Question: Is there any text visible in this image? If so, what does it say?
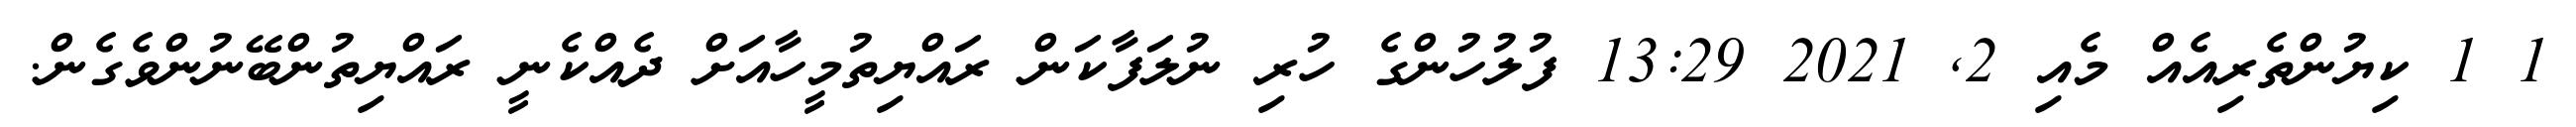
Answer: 1 1 ކިޔުންތެރިއެއް މެއި 2, 2021 13:29 ފުލުހުންގެ ހުރި ނުލަފާކަން ރައްޔިތުމީހާއަށް ދެއްކެނީ ރައްޔިތުންބޭނުންވެގެން.